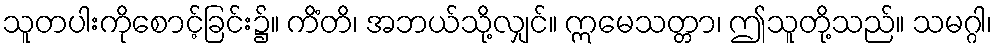
သူတပါးကိုစောင့်ခြင်း၌။ ကိံတိ၊ အဘယ်သို့လျှင်။ ဣမေသတ္တာ၊ ဤသူတို့သည်။ သမဂ္ဂါ၊